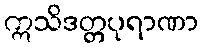
ဣသိဒတ္တပုရာဏာ